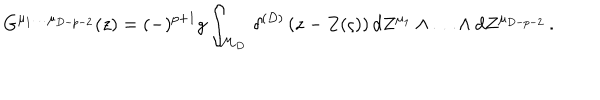
G ^ { \mu _ { 1 } \ldots \mu _ { D - p - 2 } } ( z ) = ( - ) ^ { p + 1 } g \int _ { { \cal M } _ { D } } \, \delta ^ { ( D ) } \left( z - Z ( \varsigma ) \right) d Z ^ { \mu _ { 1 } } \wedge \ldots \wedge d Z ^ { \mu _ { D - p - 2 } } \, .